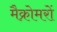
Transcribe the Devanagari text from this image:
मैक्रोमरों